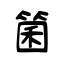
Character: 箘